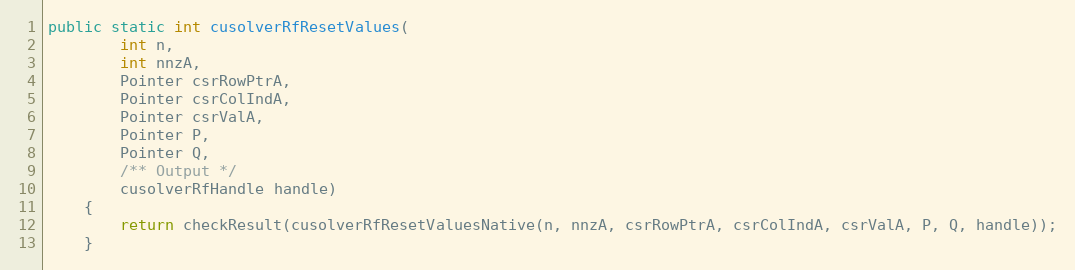
Language: Java
public static int cusolverRfResetValues(
        int n,
        int nnzA,
        Pointer csrRowPtrA,
        Pointer csrColIndA,
        Pointer csrValA,
        Pointer P,
        Pointer Q,
        /** Output */
        cusolverRfHandle handle)
    {
        return checkResult(cusolverRfResetValuesNative(n, nnzA, csrRowPtrA, csrColIndA, csrValA, P, Q, handle));
    }